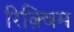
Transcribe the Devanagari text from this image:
रिक़्विम